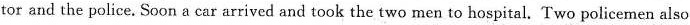
tor and the police. Soon a car arrived and took the two men to hospital. Two policemen also